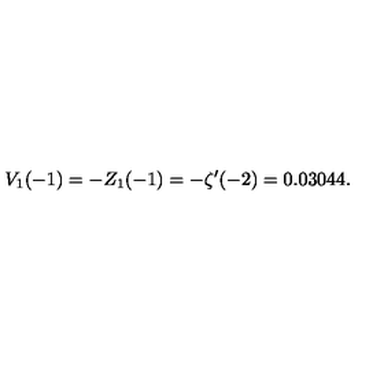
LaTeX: V _ { 1 } ( - 1 ) = - Z _ { 1 } ( - 1 ) = - \zeta ^ { \prime } ( - 2 ) = 0 . 0 3 0 4 4 .